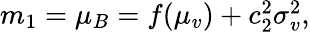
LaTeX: \begin{array}{r}{m_{1}=\mu_{B}=f(\mu_{v})+c_{2}^{2}\sigma_{v}^{2},}\end{array}